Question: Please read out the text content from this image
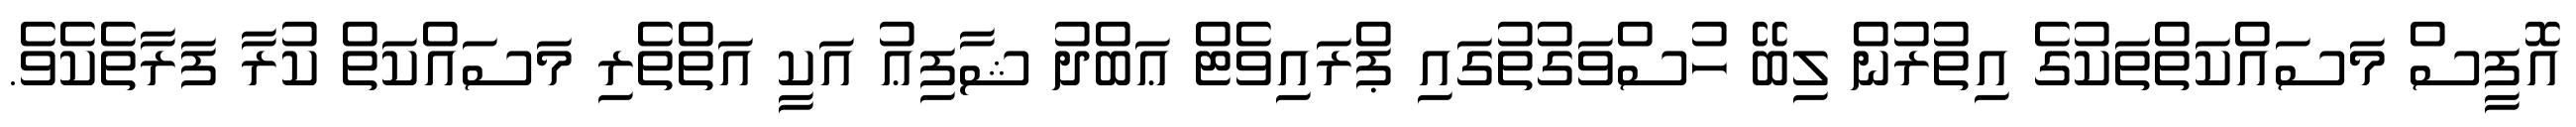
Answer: އޮފީސް މަސައްކަތްތަކުގެ އިތުރުން ލިބޭ ހުސްވަގުތުގައި ޕްރައިވެޓް ޢަބްދު ޝާފިޢު އަކީ އަތްތެރި މަސައްކަތް ކުރާ ފަރާތެކެވެ.